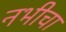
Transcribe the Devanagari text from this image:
नभीचा